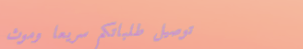
توصيل طلباتكم سريعًا وموث